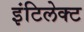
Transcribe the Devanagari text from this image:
इंटिलेक्ट